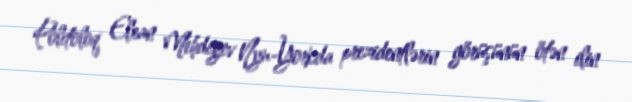
Politoloq Elxan Mehdiyev Nyu-Yorkda prezidentlərin görüşünün ötən ilin